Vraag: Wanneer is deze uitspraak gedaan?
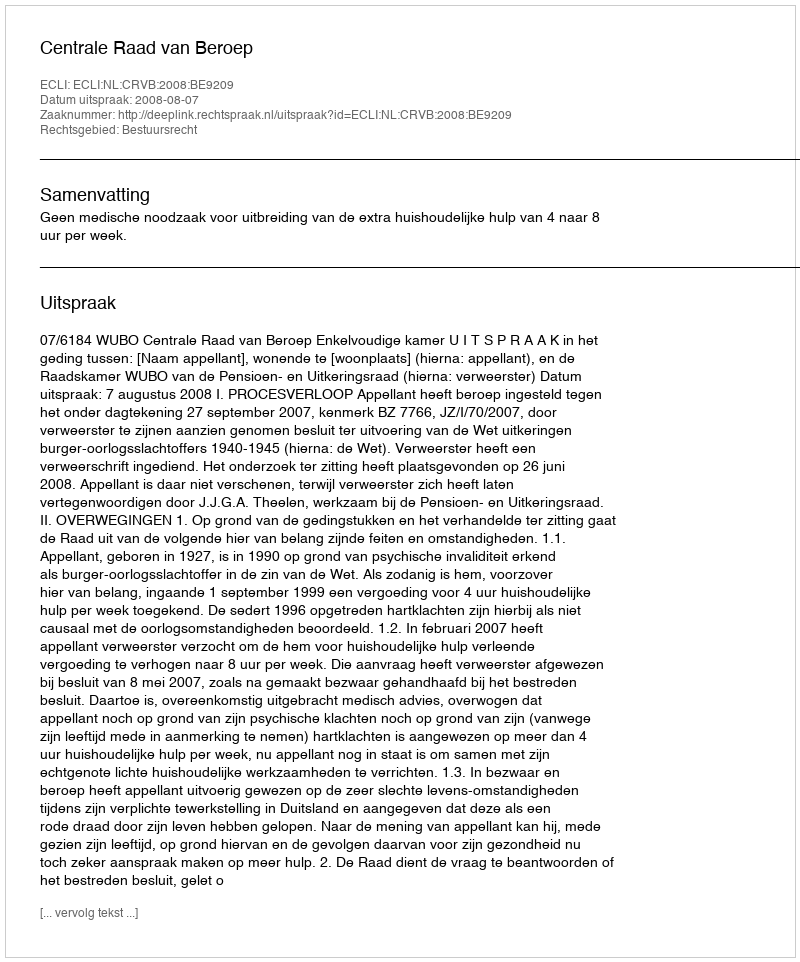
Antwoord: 2008-08-07